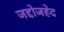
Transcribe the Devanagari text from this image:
जद्दोजहेद